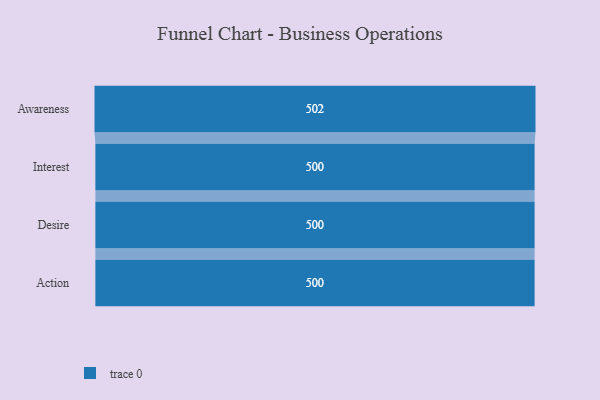
{"axis": {"x": "Stage", "y": "Value"}, "legend": [""], "data": [{"x": "Awareness", "y": 502.0, "type": ""}, {"x": "Interest", "y": 500, "type": ""}, {"x": "Desire", "y": 500, "type": ""}, {"x": "Action", "y": 500, "type": ""}]}